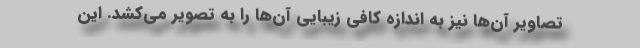
تصاویر آن‌ها نیز به اندازه کافی زیبایی آن‌ها را به تصویر می‌کشد. این